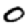
Digit: 0